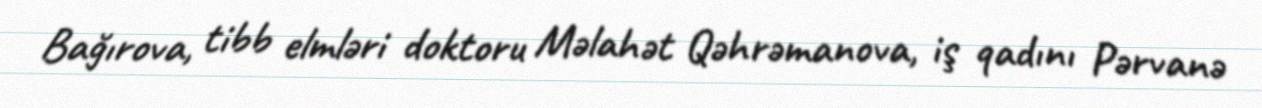
Bağırova, tibb elmləri doktoru Məlahət Qəhrəmanova, iş qadını Pərvanə